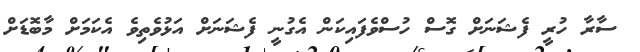
ސާރާ ހުރީ ފެޝަނަށް ގޮސް ހުސްވެފައިކަން އެގުނީ ފެޝަނަށް އަޅުވެތިވެ އެކަމަށް މާބޮޑަށް